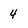
Character: 4